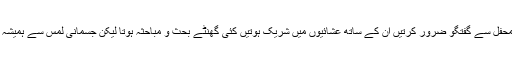
وہ حاضرین محفل سے گفتگو ضرور کرتیں ان کے ساتھ عشائیوں میں شریک ہوتیں کئی گھنٹے بحث و مباحثہ ہوتا لیکن جسمانی لمس سے ہمیشہ پرہیز کرتیں۔